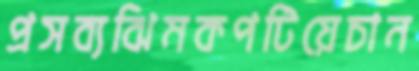
প্রসব্যঝিমকপটিয়েচান